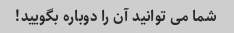
شما می توانید آن را دوباره بگویید!